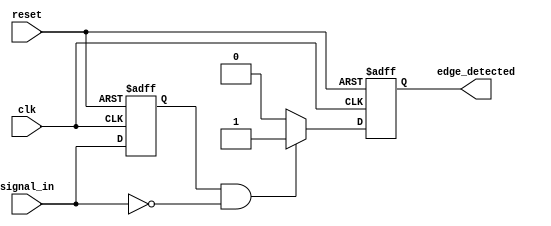
module negative_edge_detector (
    input wire clk,            // Clock signal
    input wire reset,          // Reset signal
    input wire signal_in,      // Input signal
    output reg edge_detected   // Output signal for edge detection
);

// Internal signal to hold the previous state of signal_in
reg previous_signal;

always @(posedge clk or posedge reset) begin
    if (reset) begin
        previous_signal <= 1'b0; // Initialize previous state to low on reset
        edge_detected <= 1'b0;    // Initialize edge_detected to low on reset
    end else begin
        // Capture the current state of signal_in
        previous_signal <= signal_in;

        // Edge detection logic
        if (previous_signal == 1'b1 && signal_in == 1'b0) begin
            edge_detected <= 1'b1; // Negative edge detected
        end else begin
            edge_detected <= 1'b0; // No edge detected
        end
    end
end

endmodule